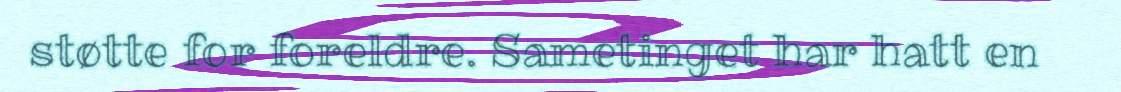
støtte for foreldre. Sametinget har hatt en